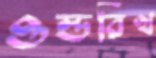
ওল্ডরিখ